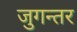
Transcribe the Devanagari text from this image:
जुगन्तर